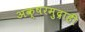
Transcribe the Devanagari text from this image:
अक्षरमुद्राही